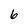
Character: 6